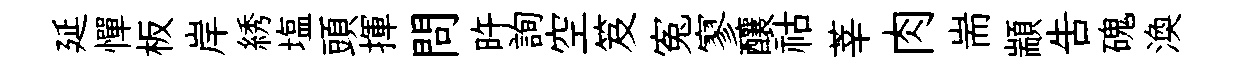
延憚板岸綉塩頭揮問旿詢空笈寃寥釀祜莘肉耑顓告磈渙